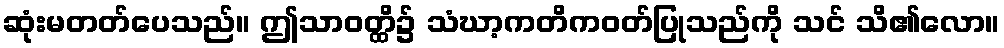
ဆုံးမတတ်ပေသည်။ ဤသာဝတ္ထိ၌ သံဃာ့ကတိကဝတ်ပြုသည်ကို သင် သိ၏လော။